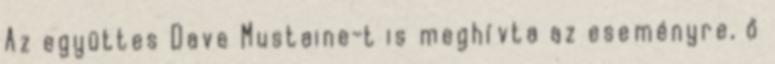
Az együttes Dave Mustaine-t is meghívta az eseményre, ő